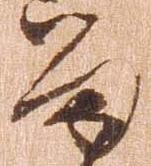
留